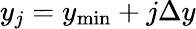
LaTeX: y_{j}=y_{\operatorname*{min}}+j\Delta y